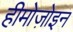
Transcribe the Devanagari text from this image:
हीमोज़ोइन